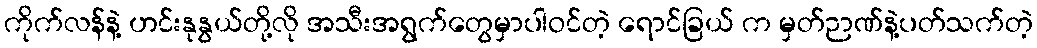
ကိုက်လန်နဲ့ ဟင်းနုနွယ်တို့လို အသီးအရွက်တွေမှာပါဝင်တဲ့ ရောင်ခြယ် က မှတ်ဉာဏ်နဲ့ပတ်သက်တဲ့